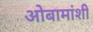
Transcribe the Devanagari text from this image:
ओबामांशी